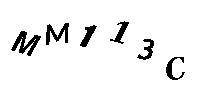
MM113C